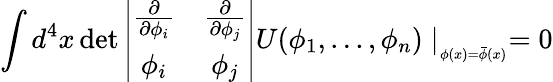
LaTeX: \int d^{4}x\operatorname*{det}\left|\begin{array}{cc}{{\frac{\partial}{\partial\phi_{i}}}}&{{\frac{\partial}{\partial\phi_{j}}}}\\ {{\phi_{i}}}&{{\phi_{j}}}\end{array}\right|U(\phi_{1},...,\phi_{n})\mid_{_{\phi(x)=\bar{\phi}(x)}}=0